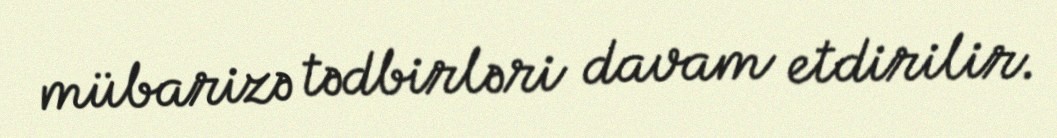
mübarizə tədbirləri davam etdirilir.